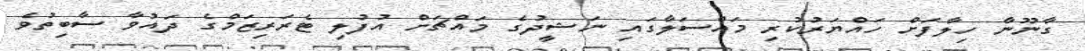
ގާނޫނާ ހިލާފަށް ހައްޔަރުކުރި މައްސަލާގައި ނަޝީދުގެ މައްޗަށް އުފުލި ޓެރަރިޒަމްގެ ދައުވާ ސާބިތުވެ